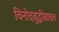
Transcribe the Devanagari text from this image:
विनोदबुद्धीबाबत